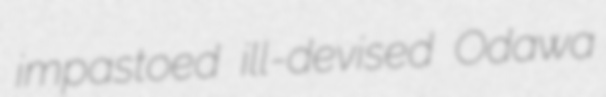
impastoed ill-devised Odawa